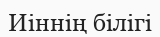
Иіннің білігі